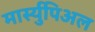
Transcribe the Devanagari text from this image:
मार्स्युपिअल